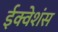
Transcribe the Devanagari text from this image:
ईक्वेशंस